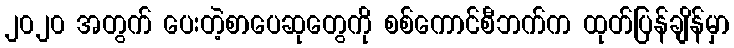
၂၀၂၀ အတွက် ပေးတဲ့စာပေဆုတွေကို စစ်ကောင်စီဘက်က ထုတ်ပြန်ချိန်မှာ